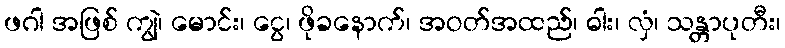
ဖဂါ အဖြစ် ကျွဲ၊ မောင်း၊ ငွေ၊ ဖိုခနောက်၊ အဝတ်အထည်၊ ဓါး၊ လှံ၊ သန္တာပုတီး၊